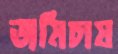
জমিচাষ